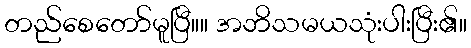
တည်စေတော်မူပြီ။။ အဘိသမယသုံးပါးပြီး၏။